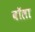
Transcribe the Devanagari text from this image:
वॉला